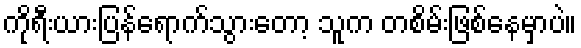
ကိုရီးယားပြန်ရောက်သွားတော့ သူက တစိမ်းဖြစ်နေမှာပဲ။